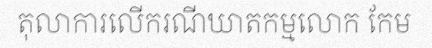
តុលាការលើករណីឃាតកម្មលោក កែម